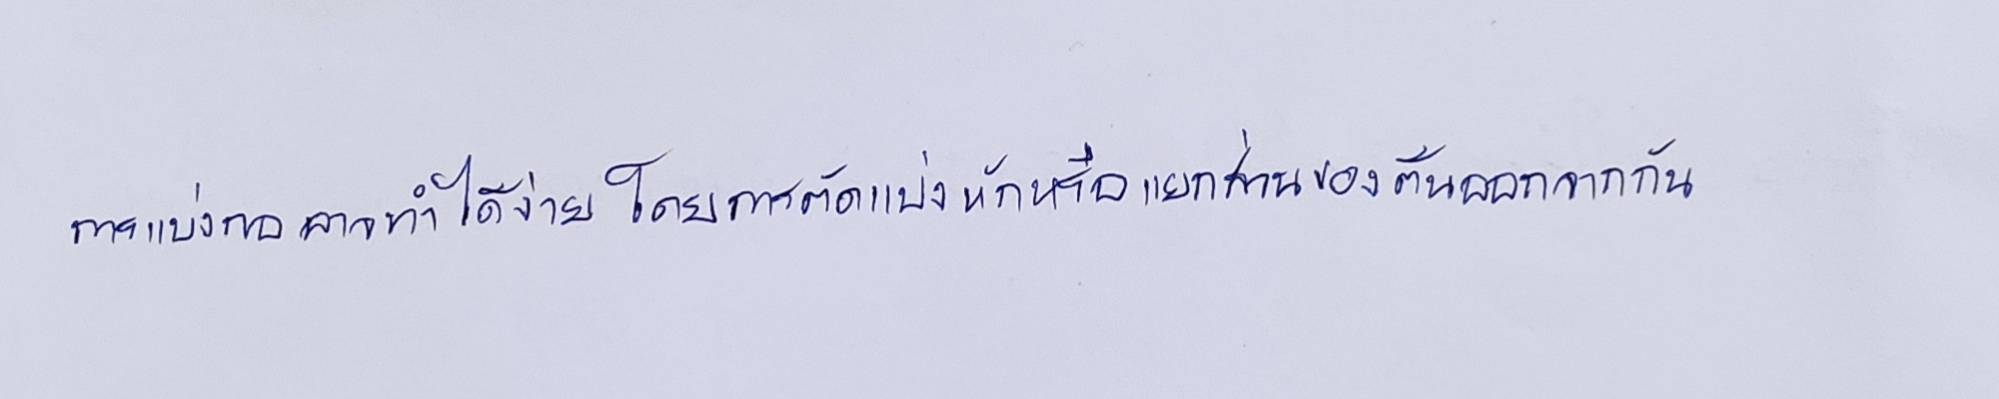
การแบ่งกออาจทำได้ง่ายโดยการตัดแบ่งหักหรือแยกส่วนของต้นออกจากกัน